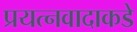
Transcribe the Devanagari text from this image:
प्रयत्‍नवादाकडे